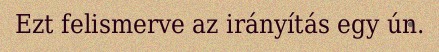
Ezt felismerve az irányítás egy ún.